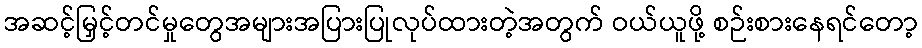
အဆင့်မြှင့်တင်မှုတွေအများအပြားပြုလုပ်ထားတဲ့အတွက် ဝယ်ယူဖို့ စဉ်းစားနေရင်တော့